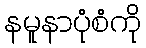
နမူနာပုံစံကို